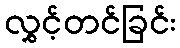
လွှင့်တင်ခြင်း